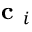
\textbf { c } _ { i }